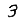
Digit: 3